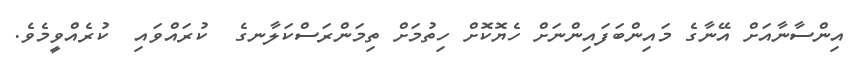
އިންސާނާއަށް އޭނާގެ މައިންބަފައިންނަށް ހެޔޮކޮށް ހިތުމަށް ތިމަންރަސްކަލާނގެ  ކުރައްވައި  ކުރެއްވީމެވެ.